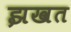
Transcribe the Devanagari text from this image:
झखत